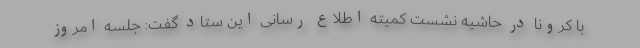
با کرونا در حاشیه نشست کمیته اطلاع رسانی این ستاد گفت: جلسه امروز